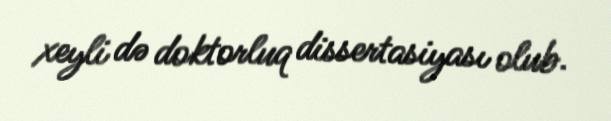
xeyli də doktorluq dissertasiyası olub.